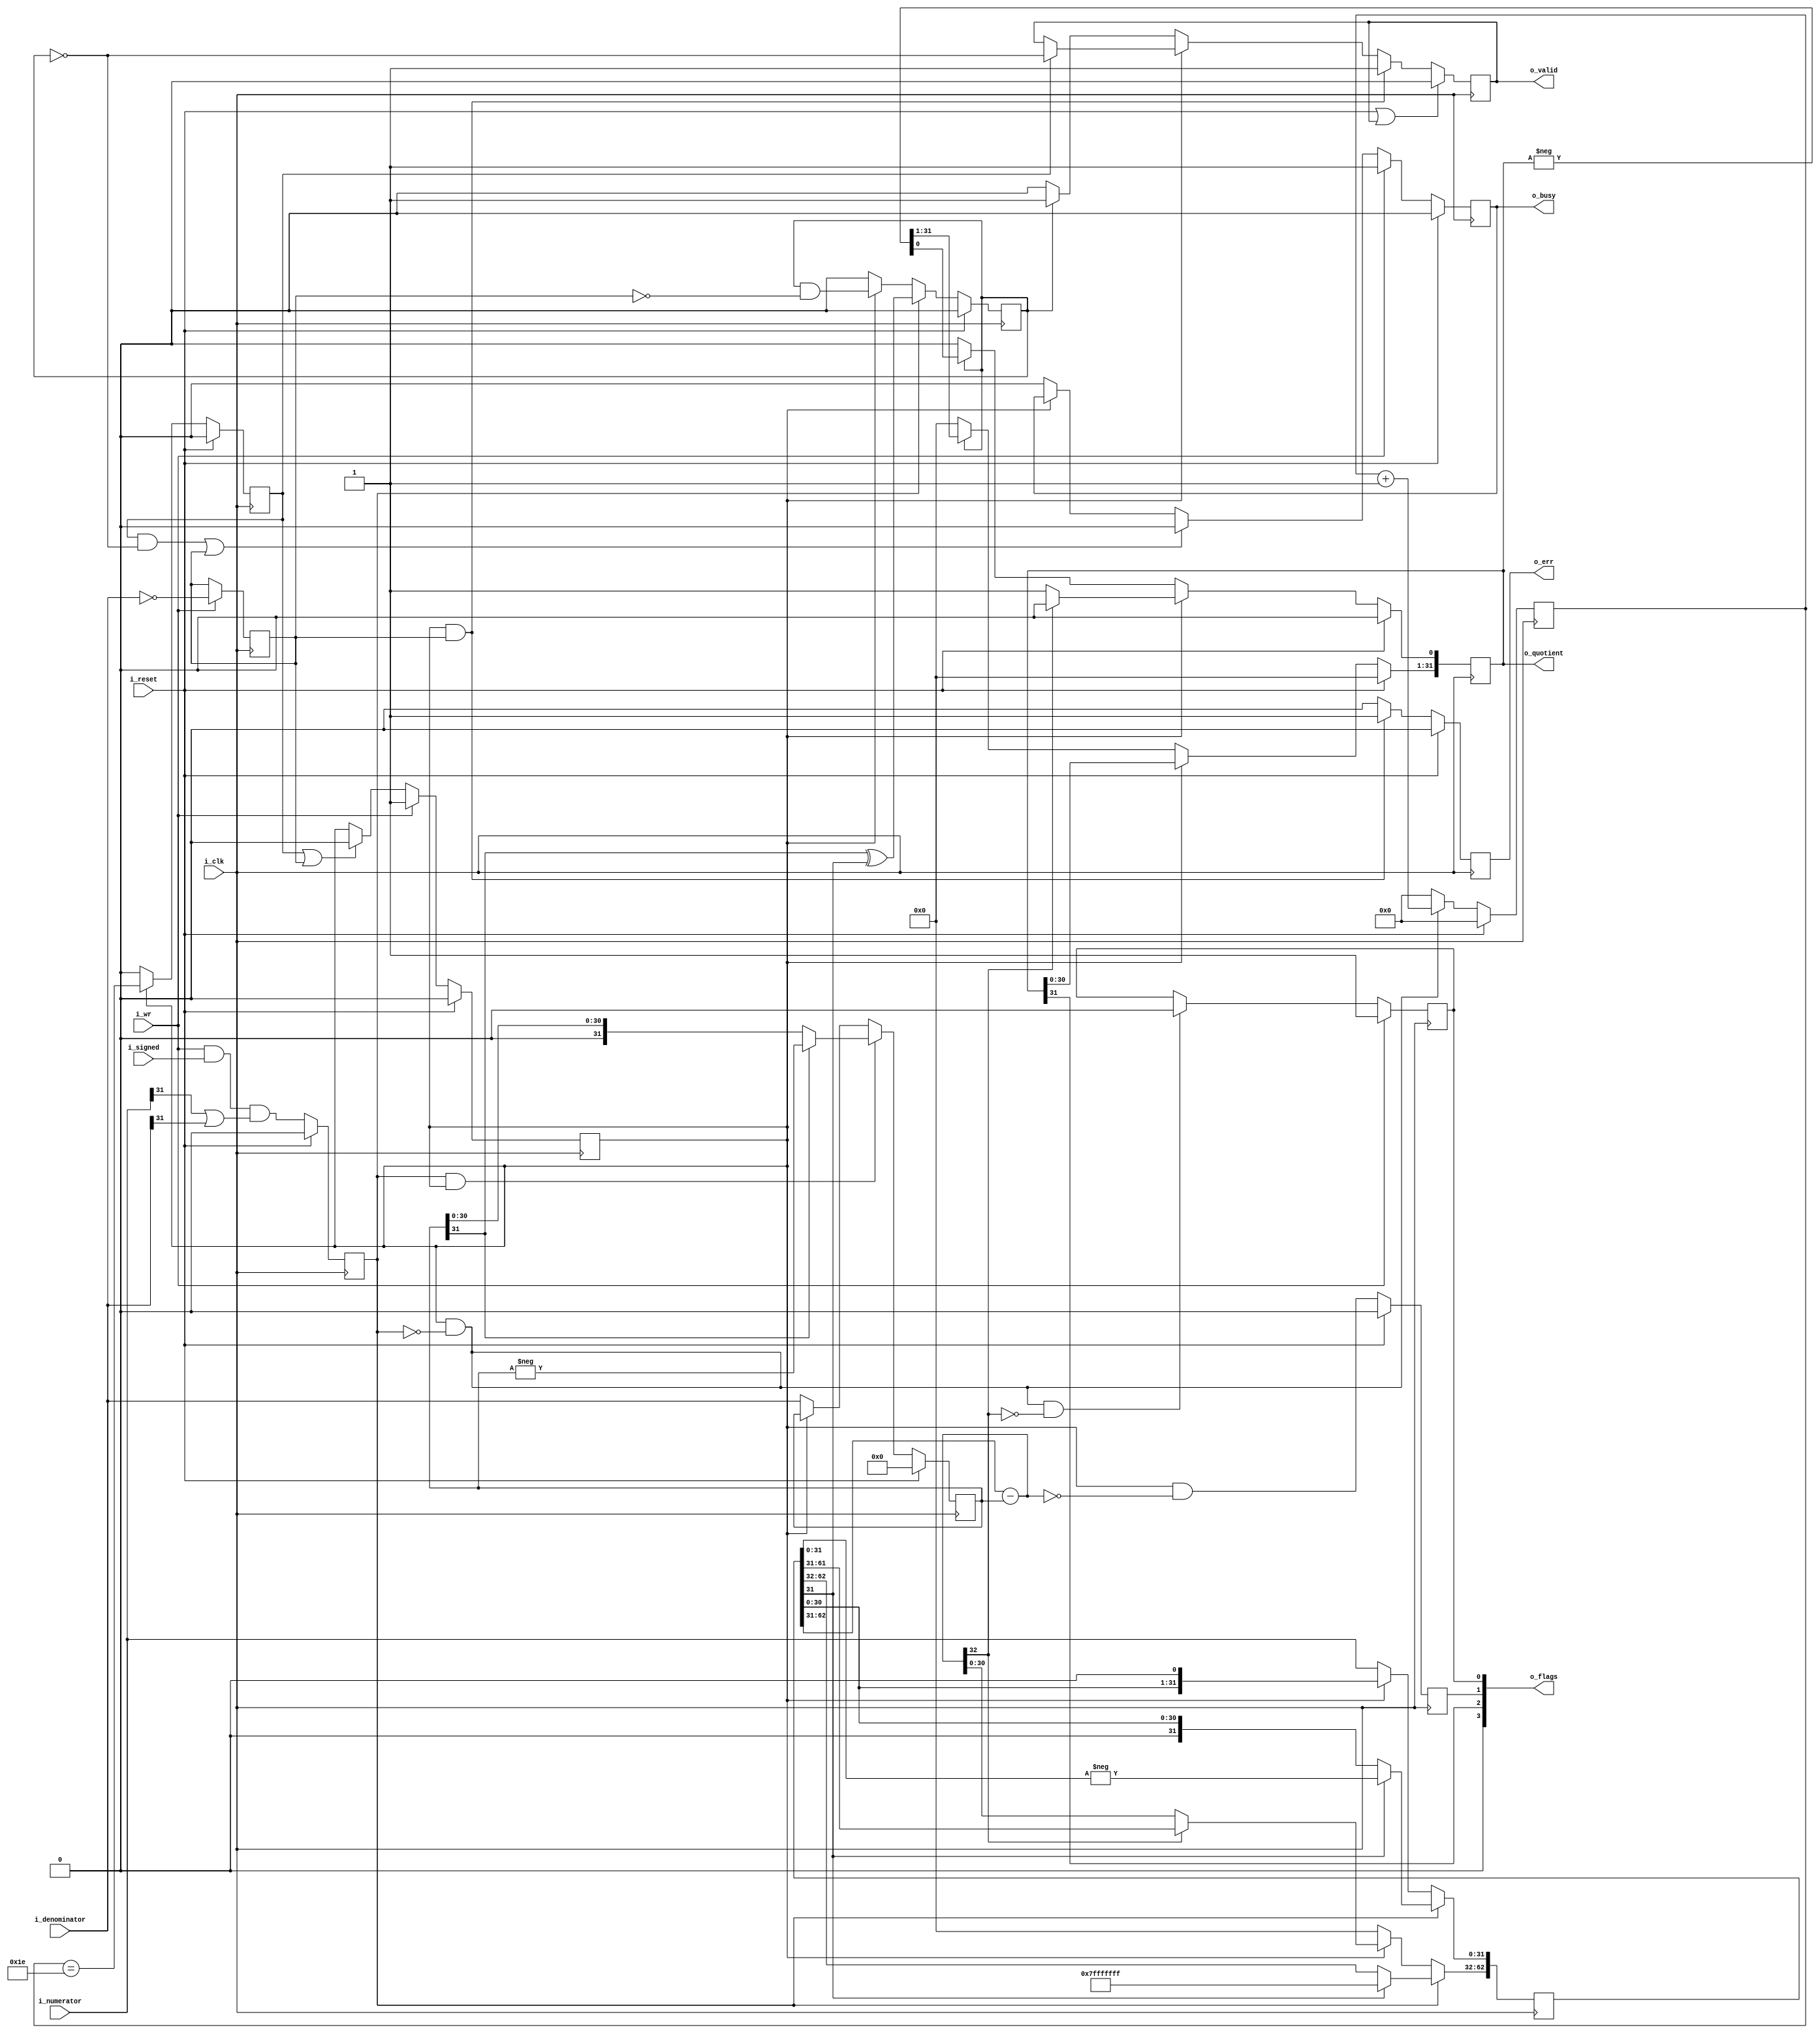
////////////////////////////////////////////////////////////////////////////////
//
//
// Project:	Zip CPU -- a small, lightweight, RISC CPU soft core
//
// Purpose:	Provide an Integer divide capability to the Zip CPU.  Provides
//		for both signed and unsigned divide.
//
// Steps:
//	i_reset	The DIVide unit starts in idle.  It can also be placed into an
//	idle by asserting the reset input.
//
//	i_wr	When i_reset is asserted, a divide begins.  On the next clock:
//
//	  o_busy is set high so everyone else knows we are at work and they can
//		wait for us to complete.
//
//	  pre_sign is set to true if we need to do a signed divide.  In this
//		case, we take a clock cycle to turn the divide into an unsigned
//		divide.
//
//	  o_quotient, a place to store our result, is initialized to all zeros.
//
//	  r_dividend is set to the numerator
//
//	  r_divisor is set to 2^31 * the denominator (shift left by 31, or add
//		31 zeros to the right of the number.
//
//	pre_sign When true (clock cycle after i_wr), a clock cycle is used
//		to take the absolute value of the various arguments (r_dividend
//		and r_divisor), and to calculate what sign the output result
//		should be.
//
//
//	At this point, the divide is has started.  The divide works by walking
//	through every shift of the
//
//		    DIVIDEND	over the
//		DIVISOR
//
//	If the DIVISOR is bigger than the dividend, the divisor is shifted
//	right, and nothing is done to the output quotient.
//
//		    DIVIDEND
//		 DIVISOR
//
//	This repeats, until DIVISOR is less than or equal to the divident, as in
//
//		DIVIDEND
//		DIVISOR
//
//	At this point, if the DIVISOR is less than the dividend, the
//	divisor is subtracted from the dividend, and the DIVISOR is again
//	shifted to the right.  Further, a '1' bit gets set in the output
//	quotient.
//
//	Once we've done this for 32 clocks, we've accumulated our answer into
//	the output quotient, and we can proceed to the next step.  If the
//	result will be signed, the next step negates the quotient, otherwise
//	it returns the result.
//
//	On the clock when we are done, o_busy is set to false, and o_valid set
//	to true.  (It is a violation of the ZipCPU internal protocol for both
//	busy and valid to ever be true on the same clock.  It is also a
//	violation for busy to be false with valid true thereafter.)
//
//
// Creator:	Dan Gisselquist, Ph.D.
//		Gisselquist Technology, LLC
//
////////////////////////////////////////////////////////////////////////////////
//
// Copyright (C) 2015-2018, Gisselquist Technology, LLC
//
// This program is free software (firmware): you can redistribute it and/or
// modify it under the terms of  the GNU General Public License as published
// by the Free Software Foundation, either version 3 of the License, or (at
// your option) any later version.
//
// This program is distributed in the hope that it will be useful, but WITHOUT
// ANY WARRANTY; without even the implied warranty of MERCHANTIBILITY or
// FITNESS FOR A PARTICULAR PURPOSE.  See the GNU General Public License
// for more details.
//
// You should have received a copy of the GNU General Public License along
// with this program.  (It's in the $(ROOT)/doc directory.  Run make with no
// target there if the PDF file isn't present.)  If not, see
// <http://www.gnu.org/licenses/> for a copy.
//
// License:	GPL, v3, as defined and found on www.gnu.org,
//		http://www.gnu.org/licenses/gpl.html
//
//
////////////////////////////////////////////////////////////////////////////////
//
//
`default_nettype	none
//
// `include "cpudefs.v"
//
module	div(i_clk, i_reset, i_wr, i_signed, i_numerator, i_denominator,
		o_busy, o_valid, o_err, o_quotient, o_flags);
	parameter		BW=32, LGBW = 5;
	input	wire		i_clk, i_reset;
	// Input parameters
	input	wire		i_wr, i_signed;
	input	wire [(BW-1):0]	i_numerator, i_denominator;
	// Output parameters
	output	reg		o_busy, o_valid, o_err;
	output	reg [(BW-1):0]	o_quotient;
	output	wire	[3:0]	o_flags;

	// r_busy is an internal busy register.  It will clear one clock
	// before we are valid, so it can't be o_busy ...
	//
	reg			r_busy;
	reg	[BW-1:0]	r_divisor;
	reg	[(2*BW-2):0]	r_dividend;
	wire	[(BW):0]	diff; // , xdiff[(BW-1):0];
	assign	diff = r_dividend[2*BW-2:BW-1] - r_divisor;

	reg		r_sign, pre_sign, r_z, r_c, last_bit;
	reg	[(LGBW-1):0]	r_bit;
	reg	zero_divisor;

	// The Divide logic begins with r_busy.  We use r_busy to determine
	// whether or not the divide is in progress, vs being complete.
	// Here, we clear r_busy on any reset and set it on i_wr (the request
	// do to a divide).  The divide ends when we are on the last bit,
	// or equivalently when we discover we are dividing by zero.
	initial	r_busy = 1'b0;
	always @(posedge i_clk)
	if (i_reset)
		r_busy <= 1'b0;
	else if (i_wr)
		r_busy <= 1'b1;
	else if ((last_bit)||(zero_divisor))
		r_busy <= 1'b0;

	// o_busy is very similar to r_busy, save for some key differences.
	// Primary among them is that o_busy needs to (possibly) be true
	// for an extra clock after r_busy clears.  This would be that extra
	// clock where we negate the result (assuming a signed divide, and that
	// the result is supposed to be negative.)  Otherwise, the two are
	// identical.
	initial	o_busy = 1'b0;
	always @(posedge i_clk)
	if (i_reset)
		o_busy <= 1'b0;
	else if (i_wr)
		o_busy <= 1'b1;
	else if (((last_bit)&&(!r_sign))||(zero_divisor))
		o_busy <= 1'b0;
	else if (!r_busy)
		o_busy <= 1'b0;

	always @(posedge i_clk)
	if (i_wr)
		zero_divisor <= (i_denominator == 0);

	// o_valid is part of the ZipCPU protocol.  It will be set to true
	// anytime our answer is valid and may be used by the calling module.
	// Indeed, the ZipCPU will halt (and ignore us) once the i_wr has been
	// set until o_valid gets set.
	//
	// Here, we clear o_valid on a reset, and any time we are on the last
	// bit while busy (provided the sign is zero, or we are dividing by
	// zero).  Since o_valid is self-clearing, we don't need to clear
	// it on an i_wr signal.
	initial	o_valid = 1'b0;
	always @(posedge i_clk)
	if ((i_reset)||(o_valid))
		o_valid <= 1'b0;
	else if ((r_busy)&&(zero_divisor))
		o_valid <= 1'b1;
	else if (r_busy)
	begin
		if (last_bit)
			o_valid <= (!r_sign);
	end else if (r_sign)
	begin
		o_valid <= 1'b1;
	end else
		o_valid <= 1'b0;

	// Division by zero error reporting.  Anytime we detect a zero divisor,
	// we set our output error, and then hold it until we are valid and
	// everything clears.
	initial	o_err = 1'b0;
	always @(posedge i_clk)
	if (i_reset)
		o_err <= 1'b0;
	else if ((r_busy)&&(zero_divisor))
		o_err <= 1'b1;
	else
		o_err <= 1'b0;

	// r_bit
	//
	// Keep track of which "bit" of our divide we are on.  This number
	// ranges from 31 down to zero.  On any write, we set ourselves to
	// 5'h1f.  Otherwise, while we are busy (but not within the pre-sign
	// adjustment stage), we subtract one from our value on every clock.
	initial	r_bit = 0;
	always @(posedge i_clk)
	if (i_reset)
		r_bit <= 0;
	else if ((r_busy)&&(!pre_sign))
		r_bit <= r_bit + 1'b1;
	else
		r_bit <= 0;

	// last_bit
	//
	// This logic replaces a lot of logic that was inside our giant state
	// machine with ... something simpler.  In particular, we'll use this
	// logic to determine if we are processing our last bit.  The only trick
	// is, this bit needs to be set whenever (r_busy) and (r_bit == -1),
	// hence we need to set on (r_busy) and (r_bit == -2) so as to be set
	// when (r_bit == 0).
	initial	last_bit = 1'b0;
	always @(posedge i_clk)
	if (i_reset)
		last_bit <= 1'b0;
	else if (r_busy)
		last_bit <= (r_bit == {(LGBW){1'b1}}-1'b1);
	else
		last_bit <= 1'b0;

	// pre_sign
	//
	// This is part of the state machine.  pre_sign indicates that we need
	// a extra clock to take the absolute value of our inputs.  It need only
	// be true for the one clock, and then it must clear itself.
	initial	pre_sign = 1'b0;
	always @(posedge i_clk)
	if (i_reset)
		pre_sign <= 1'b0;
	else
		pre_sign <= (i_wr)&&(i_signed)&&((i_numerator[BW-1])||(i_denominator[BW-1]));

	// As a result of our operation, we need to set the flags.  The most
	// difficult of these is the "Z" flag indicating that the result is
	// zero.  Here, we'll use the same logic that sets the low-order
	// bit to clear our zero flag, and leave the zero flag set in all
	// other cases.
	always @(posedge i_clk)
	if (i_wr)
		r_z <= 1'b1;
	else if ((r_busy)&&(!pre_sign)&&(!diff[BW]))
		r_z <= 1'b0;

	// r_dividend
	// This is initially the numerator.  On a signed divide, it then becomes
	// the absolute value of the numerator.  We'll subtract from this value
	// the divisor for every output bit we are looking for--just as with
	// traditional long division.
	always @(posedge i_clk)
	if (pre_sign)
	begin
		// If we are doing a signed divide, then take the
		// absolute value of the dividend
		if (r_dividend[BW-1])
		begin
			r_dividend[2*BW-2:0] <= {(2*BW-1){1'b1}};
			r_dividend[BW-1:0] <= -r_dividend[BW-1:0];
		end
	end else if (r_busy)
	begin
		r_dividend <= { r_dividend[2*BW-3:0], 1'b0 };
		if (!diff[BW])
			r_dividend[2*BW-2:BW] <= diff[(BW-2):0];
	end else if (!r_busy)
		// Once we are done, and r_busy is no longer high, we'll
		// always accept new values into our dividend.  This
		// guarantees that, when i_wr is set, the new value
		// is already set as desired.
		r_dividend <=  { 31'h0, i_numerator };

	initial	r_divisor = 0;
	always @(posedge i_clk)
	if (i_reset)
		r_divisor <= 0;
	else if ((pre_sign)&&(r_busy))
	begin
		if (r_divisor[BW-1])
			r_divisor <= -r_divisor;
	end else if (!r_busy)
		r_divisor <= i_denominator;

	// r_sign
	// is a flag for our state machine control(s).  r_sign will be set to
	// true any time we are doing a signed divide and the result must be
	// negative.  In that case, we take a final logic stage at the end of
	// the divide to negate the output.  This flag is what tells us we need
	// to do that.  r_busy will be true during the divide, then when r_busy
	// goes low, r_sign will be checked, then the idle/reset stage will have
	// been reached.  For this reason, we cannot set r_sign unless we are
	// up to something.
	initial	r_sign = 1'b0;
	always @(posedge i_clk)
	if (i_reset)
		r_sign <= 1'b0;
	else if (pre_sign)
		r_sign <= ((r_divisor[(BW-1)])^(r_dividend[(BW-1)]));
	else if (r_busy)
		r_sign <= (r_sign)&&(!zero_divisor);
	else
		r_sign <= 1'b0;

	initial	o_quotient = 0;
	always @(posedge i_clk)
	if (i_reset)
		o_quotient <= 0;
	else if (r_busy)
	begin
		o_quotient <= { o_quotient[(BW-2):0], 1'b0 };
		if (!diff[BW])
			o_quotient[0] <= 1'b1;
	end else if (r_sign)
		o_quotient <= -o_quotient;
	else
		o_quotient <= 0;

	// Set Carry on an exact divide
	// Perhaps nothing uses this, but ... well, I suppose we could remove
	// this logic eventually, just ... not yet.
	initial	r_c = 1'b0;
	always @(posedge i_clk)
	if (i_reset)
		r_c <= 1'b0;
	else
		r_c <= (r_busy)&&(diff == 0);

	// The last flag: Negative.  This flag is set assuming that the result
	// of the divide was negative (i.e., the high order bit is set).  This
	// will also be true of an unsigned divide--if the high order bit is
	// ever set upon completion.  Indeed, you might argue that there's no
	// logic involved.
	wire	w_n;
	assign w_n = o_quotient[(BW-1)];

	assign o_flags = { 1'b0, w_n, r_c, r_z };

`ifdef	FORMAL
// The formal properties for this module are maintained elsewhere
`endif
endmodule
//
// How much logic will this divide use, now that it's been updated to
// a different (long division) algorithm?
//
// iCE40 stats			(Updated)	(Original)
//   Number of cells:                700	820
//     SB_CARRY                      125	125
//     SB_DFF                          1	  
//     SB_DFFE                        33	  1
//     SB_DFFESR                      37
//     SB_DFFESS                      31
//     SB_DFFSR                       40	 40
//     SB_LUT4                       433	553
// 
// Xilinx stats			(Updated)	(Original)
//   Number of cells:                758	831
//     FDRE                          142	142
//     LUT1                           97	 97
//     LUT2                           69	174
//     LUT3                            6	  5
//     LUT4                            1	  6
//     LUT5                           68	 35
//     LUT6                           94	 98
//     MUXCY                         129	129
//     MUXF7                          12	  8
//     MUXF8                           6	  3
//     XORCY                         134	134